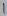
Text: 1